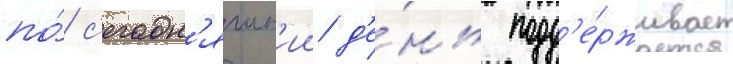
по́ с'егодн'яшн'ии д'е́нь подд'е́рживает